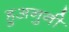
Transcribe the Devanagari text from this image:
हुअनुनी